Report of cholera committee
Disease focus: Cholera
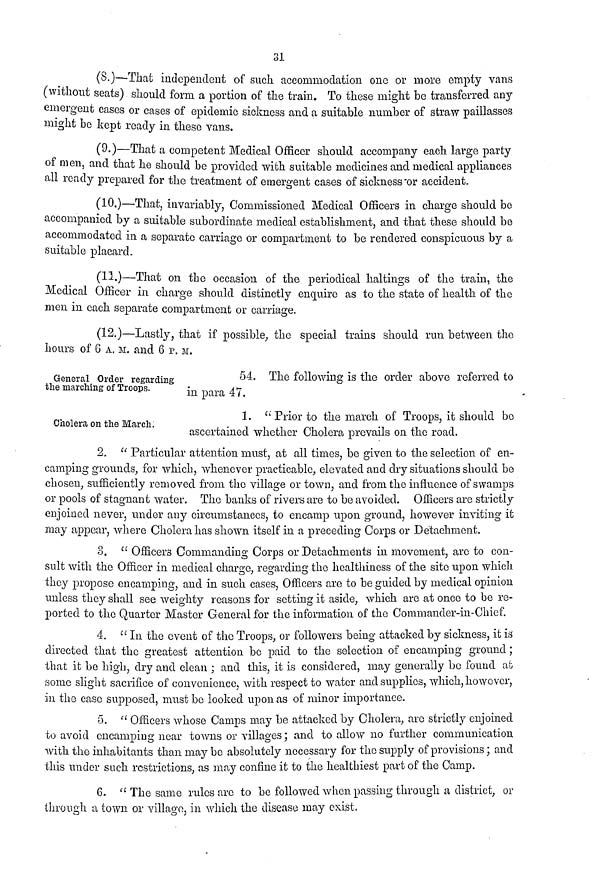
31
(8.)—That independent of such accommodation one or more empty vans
(without seats) should form a portion of the train. To these might be transferred any
emergent cases or cases of epidemic sickness and a suitable number of straw paillasses
might bo kept ready in these vans.
(9.)—That a competent Medical Officer should accompany each large party
of men, and that he should be provided with suitable medicines and medical appliances
all ready prepared for the treatment of emergent cases of sickness or accident.
(10,)—That, invariably, Commissioned Medical Officers in charge should be
accompanied by a suitable subordinate medical establishment, and that these should be
accommodated in a separate carriage or compartment to be rendered conspicuous by a
suitable placard.
(11.)—That on the occasion of the periodical baitings of the train, the
Medical Officer in charge should distinctly enquire as to the state of health of the
men in each separate compartment or carriage.
(12.)—Lastly, that if possible, the special trains should run between the
hours of 6 A. M. and 6 P. M.
General Order regarding
the marching of Troops.
54. The following is the order above referred to
in para 47.
Cholera on the March.
1. " Prior to the march of Troops, it should bo
ascertained whether Cholera prevails on the road.
2. " Particular attention must, at all times, be given to the selection of en-
camping grounds, for which, whenever practicable, elevated and dry situations should be
chosen, sufficiently removed from the village or town, and from the influence of swamps
or pools of stagnant water. The banks of rivers are to be avoided. Officers are strictly
enjoined never, tinder any circumstances, to encamp upon ground, however inviting it
may appear, where Cholera has shown itself in a preceding Corps or Detachment.
3. " Officers Commanding Corps or Detachments in movement, are to con-
sult with the Officer in medical charge, regarding the healthiness of the site upon which
they propose encamping, and in such cases, Officers are to be guided by medical opinion
unless they shall see weighty reasons for setting it aside, which are at once to be re-
ported to the Quarter Master General for the information of the Commander-in-Chief.
4. " In the event of the Troops, or followers being attacked by sickness, it is
directed that the greatest attention be paid to the selection of encamping ground;
that it be high, dry and clean ; and this, it is considered, may generally be found at
some slight sacrifice of convenience, with respect to water and supplies, which, however,
in the case supposed, must be looked upon as of minor importance.
5. " Officers whose Camps may be attacked by Cholera, arc strictly enjoined
to avoid encamping near towns or villages; and to allow no further communication
with the inhabitants than may be absolutely necessary for the supply of provisions; and
this under such restrictions, as may confine it to the healthiest part of the Camp.
6. " The same rules are to be followed when passing through a district, or
through a town or village, in which the disease may exist.